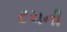
ટચની